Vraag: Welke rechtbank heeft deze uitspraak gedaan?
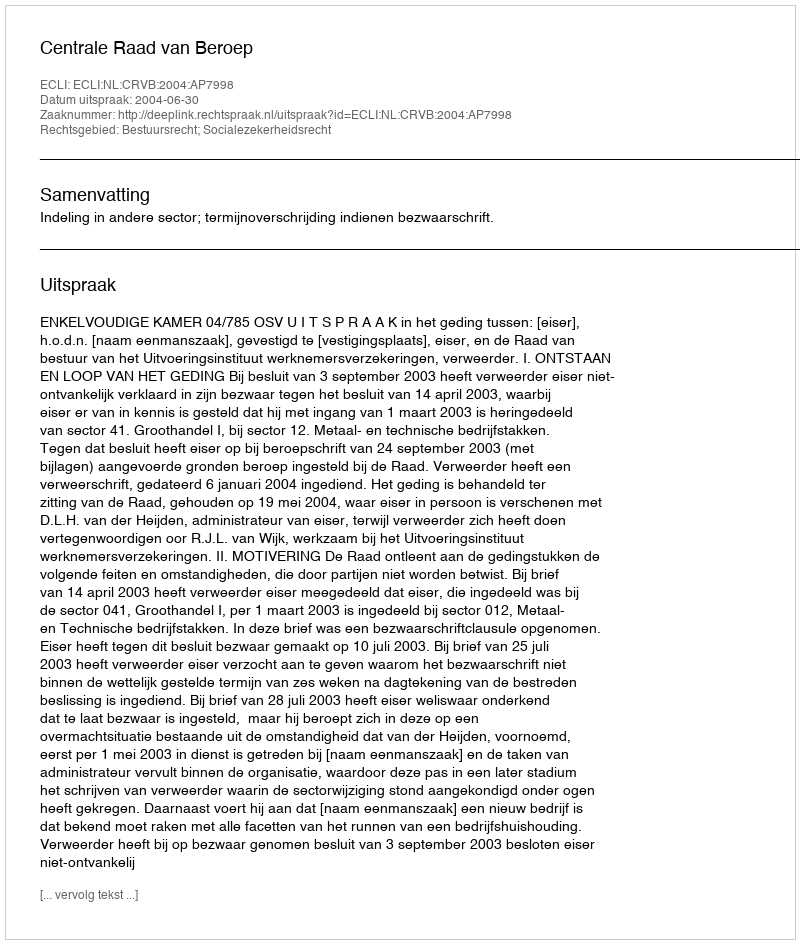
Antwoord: Centrale Raad van Beroep